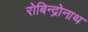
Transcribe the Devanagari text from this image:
रोबिन्द्रोनाथ